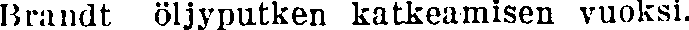
Brandt öljyputken katkeamisen vuoksi.